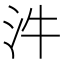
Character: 汼